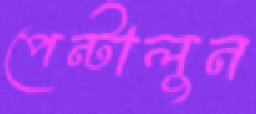
পেন্টালুন